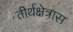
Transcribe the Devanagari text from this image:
तीर्थक्षेत्रास